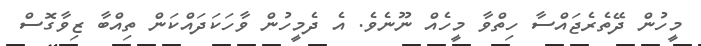
މީހުން ދޭތެރެޖައްސާ ހިތްވާ މީހެއް ނޫނެވެ. އެ ދެމީހުން ވާހަކަދައްކަން ތިއްބާ ޒިވާގޮސް